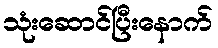
သုံးဆောင်ပြီးနောက်